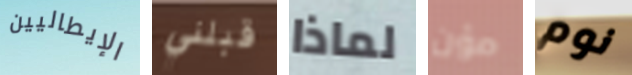
الإيطاليين قبلني لماذا مؤن نوم